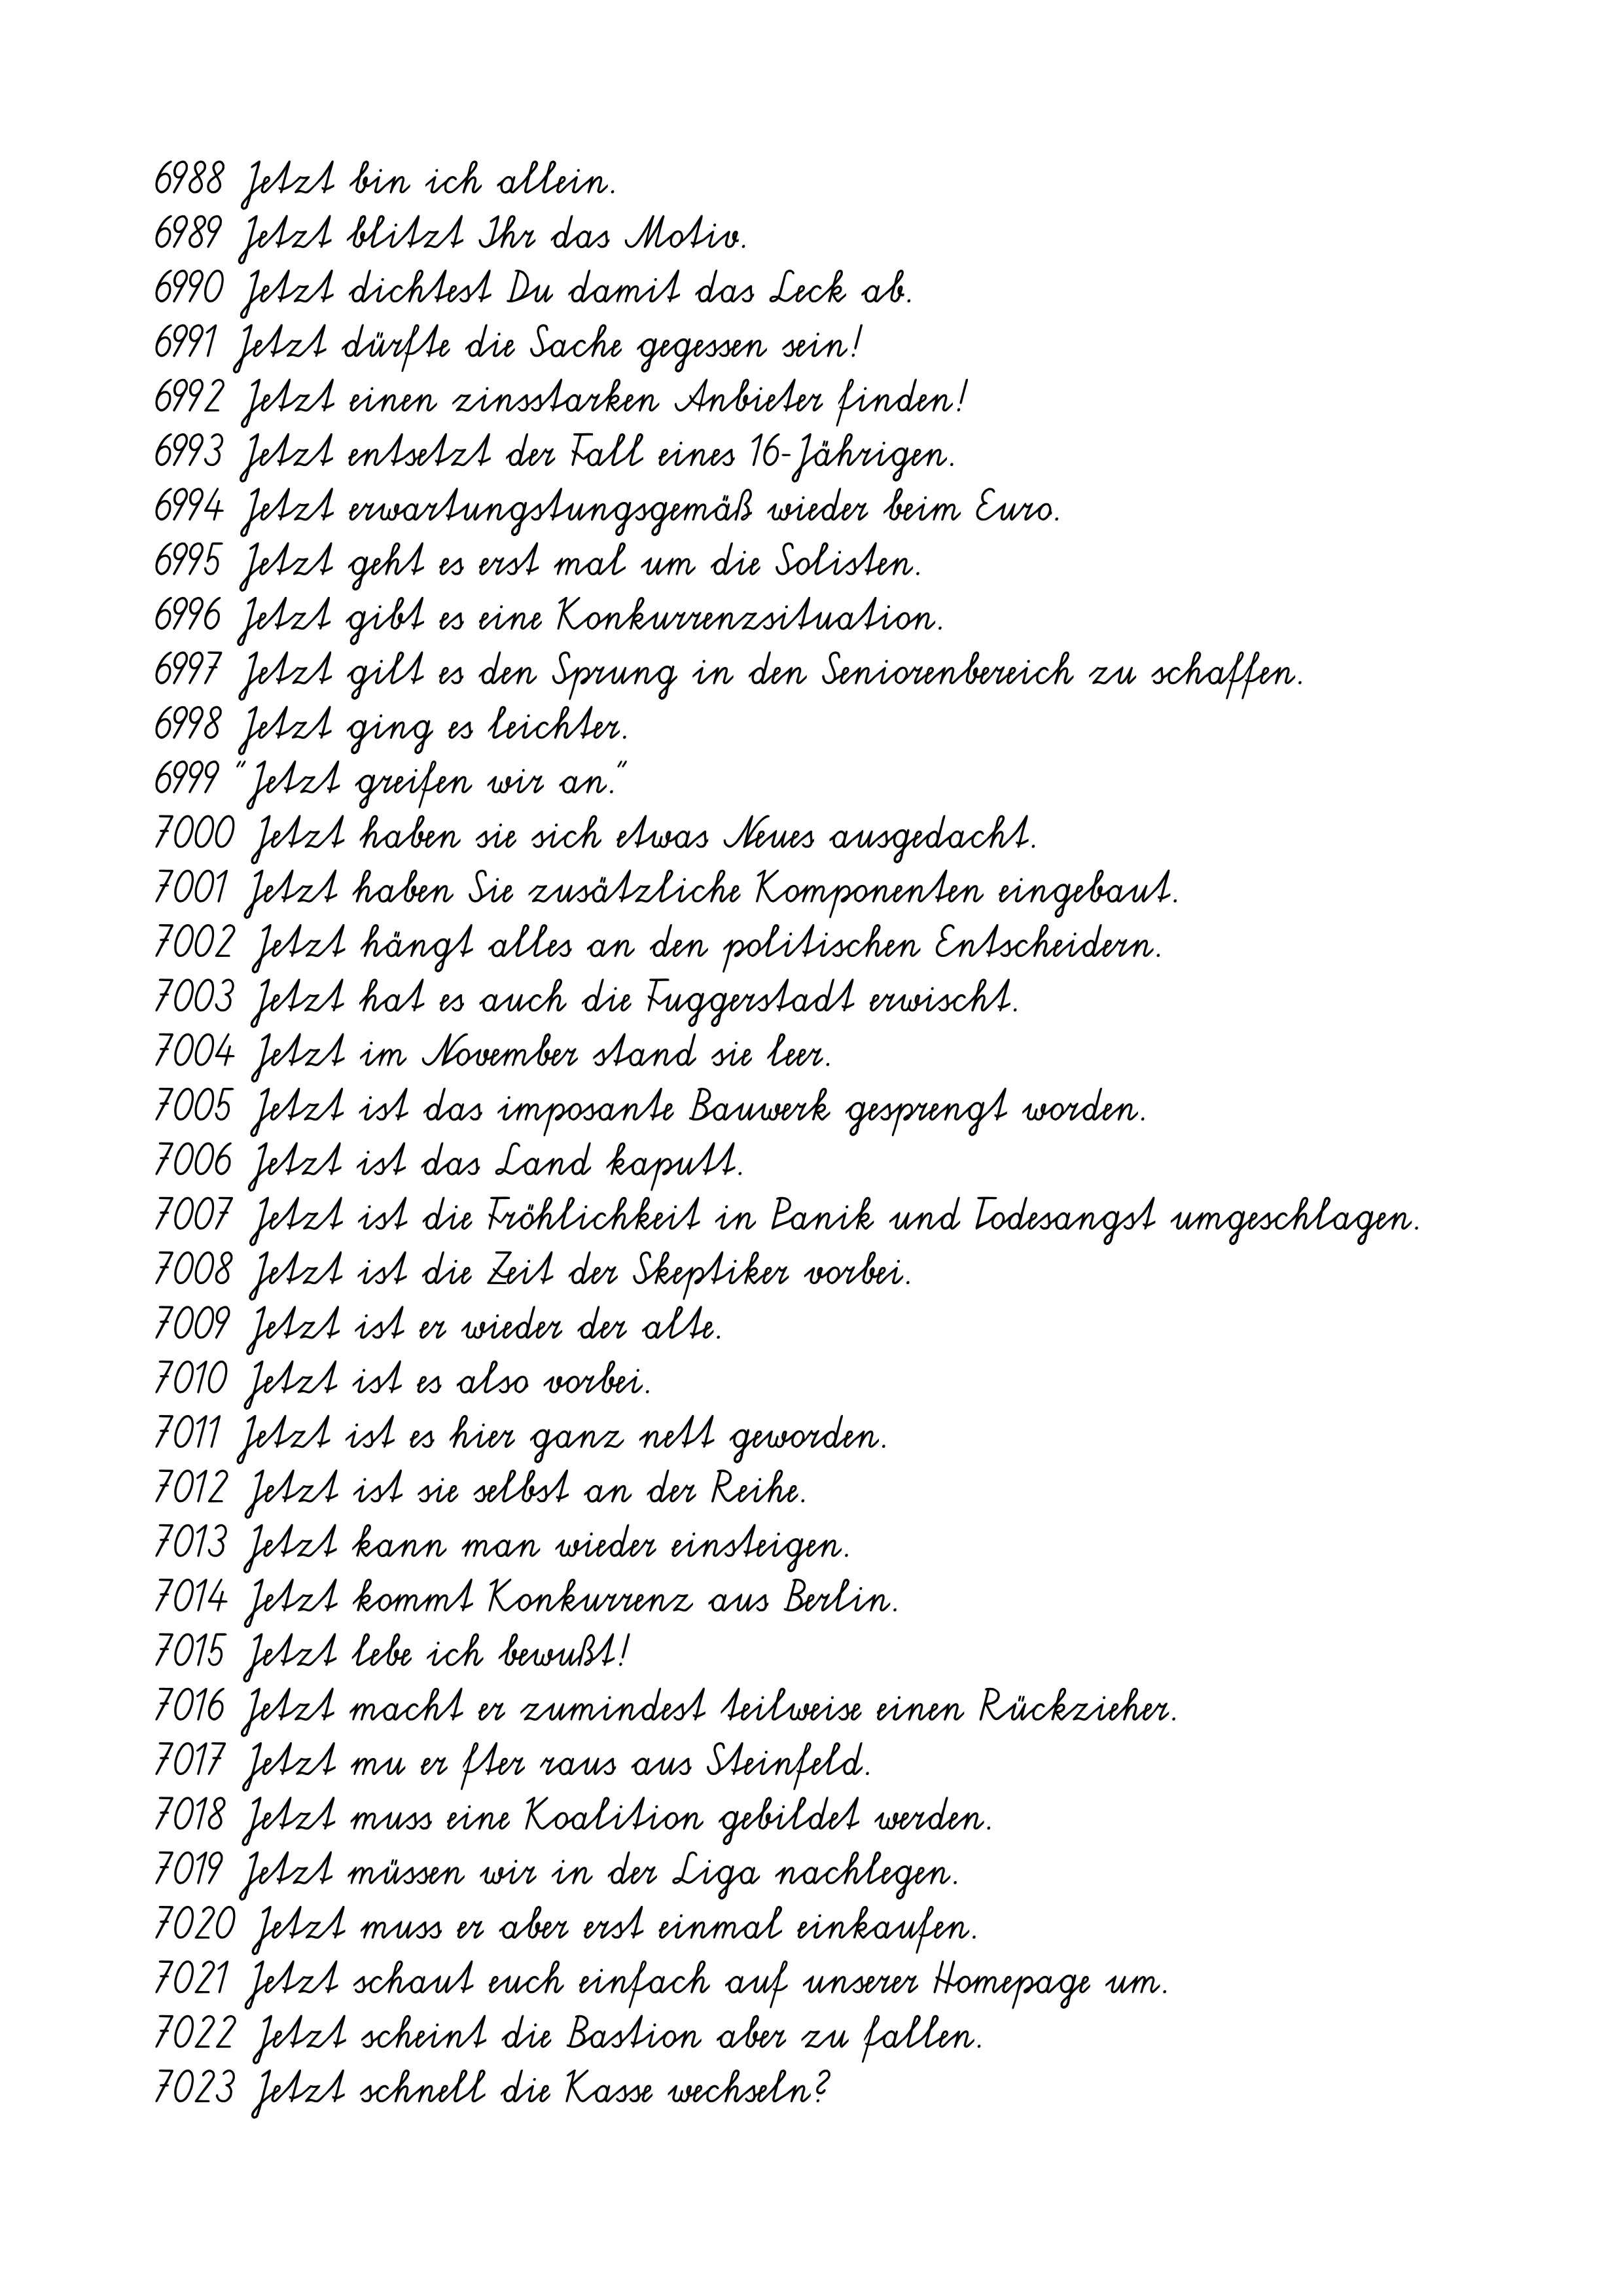
6988 Jetzt bin ich allein.
6989 Jetzt blitzt Ihr das Motiv.
6990 Jetzt dichtest Du damit das Leck ab.
6991 Jetzt dürfte die Sache gegessen sein!
6992 Jetzt einen zinsstarken Anbieter finden!
6993 Jetzt entsetzt der Fall eines 16-Jährigen.
6994 Jetzt erwartungstungsgemäß wieder beim Euro.
6995 Jetzt geht es erst mal um die Solisten.
6996 Jetzt gibt es eine Konkurrenzsituation.
6997 Jetzt gilt es den Sprung in den Seniorenbereich zu schaffen.
6998 Jetzt ging es leichter.
6999 "Jetzt greifen wir an."
7000 Jetzt haben sie sich etwas Neues ausgedacht.
7001 Jetzt haben Sie zusätzliche Komponenten eingebaut.
7002 Jetzt hängt alles an den politischen Entscheidern.
7003 Jetzt hat es auch die Fuggerstadt erwischt.
7004 Jetzt im November stand sie leer.
7005 Jetzt ist das imposante Bauwerk gesprengt worden.
7006 Jetzt ist das Land kaputt.
7007 Jetzt ist die Fröhlichkeit in Panik und Todesangst umgeschlagen.
7008 Jetzt ist die Zeit der Skeptiker vorbei.
7009 Jetzt ist er wieder der alte.
7010 Jetzt ist es also vorbei.
7011 Jetzt ist es hier ganz nett geworden.
7012 Jetzt ist sie selbst an der Reihe.
7013 Jetzt kann man wieder einsteigen.
7014 Jetzt kommt Konkurrenz aus Berlin.
7015 Jetzt lebe ich bewußt!
7016 Jetzt macht er zumindest teilweise einen Rückzieher.
7017 Jetzt mu er fter raus aus Steinfeld.
7018 Jetzt muss eine Koalition gebildet werden.
7019 Jetzt müssen wir in der Liga nachlegen.
7020 Jetzt muss er aber erst einmal einkaufen.
7021 Jetzt schaut euch einfach auf unserer Homepage um.
7022 Jetzt scheint die Bastion aber zu fallen.
7023 Jetzt schnell die Kasse wechseln?